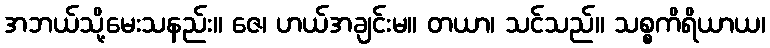
အဘယ်သို့မေးသနည်း။ ဇေ၊ ဟယ်အချင်းမ။ တယာ၊ သင်သည်။ သစ္စကိရိယာယ၊